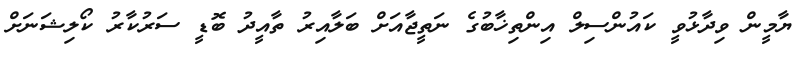
ޔާމީން ވިދާޅުވީ ކައުންސިލް އިންތިޚާބުގެ ނަތީޖާއަށް ބަލާއިރު ތާއީދު ބޮޑީ ސަރުކާރު ކޯލިޝަނަށް